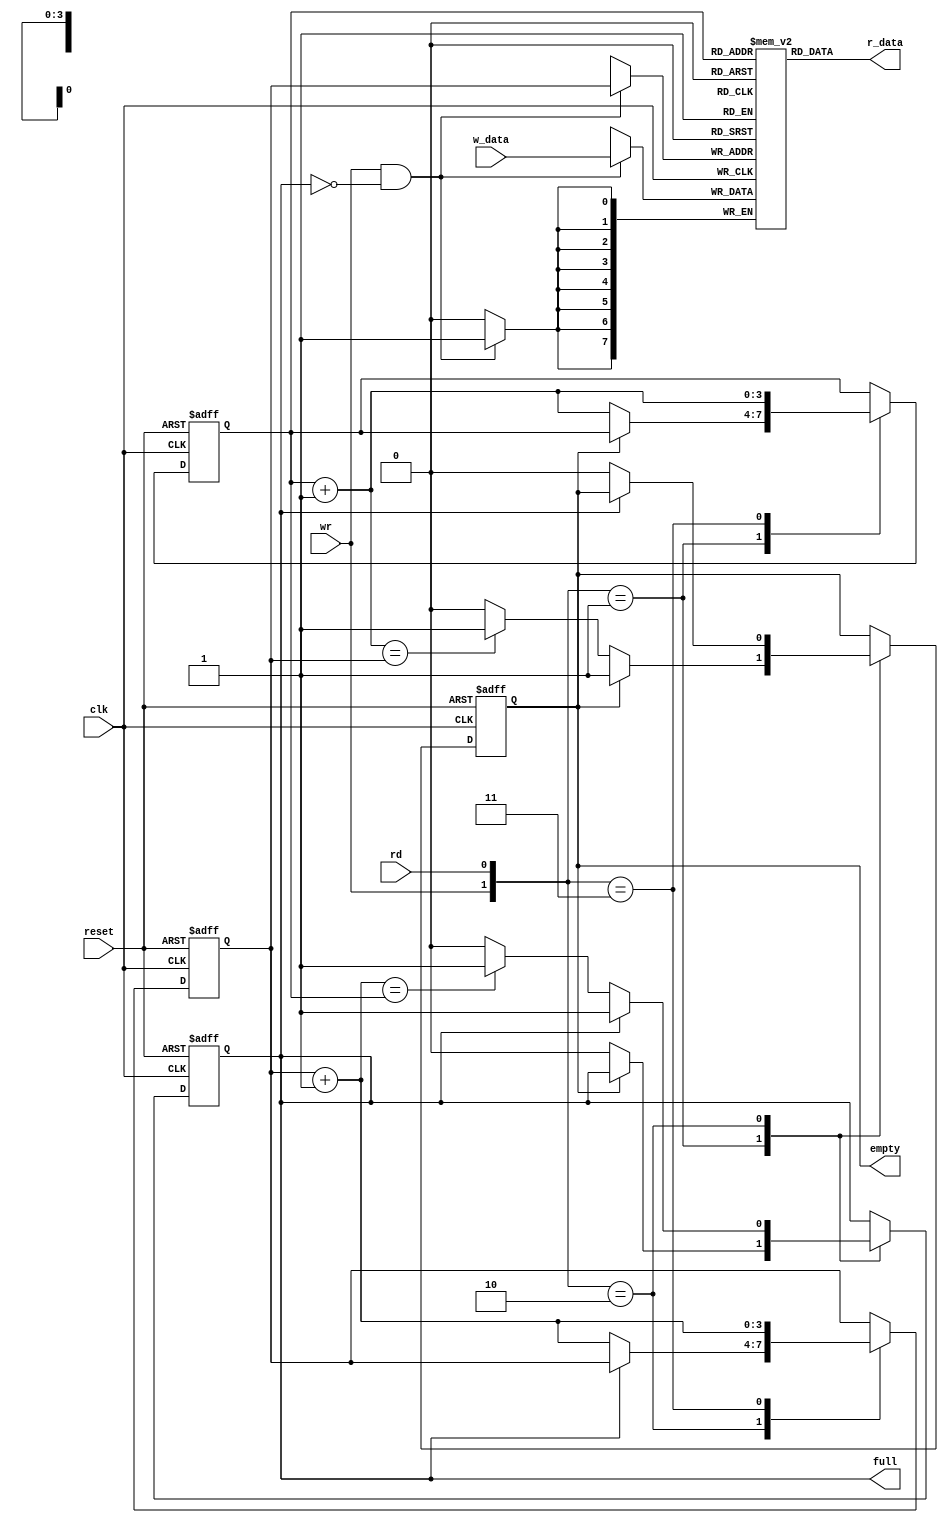
//`timescale 1ns / 1ps
//////////////////////////////////////////////////////////////////////////////////
// Company: 
// Engineer: 
// 
// Design Name: 
// Module Name:    fifo 
// Project Name: 
// Target Devices: 
// Tool versions: 
// Description: 
//
// Dependencies: 
//
// Revision: 
// Revision 0.01 - File Created
// Additional Comments: 
//
//////////////////////////////////////////////////////////////////////////////////
module fifo #(parameter B=8, W=4)(
	input wire clk, reset,
	input wire rd, wr,
	input [B-1:0] w_data,
	output wire empty, full,
	output wire[B-1:0] r_data
);
	reg [B-1:0] array_reg [2**W-1:0];
	reg [W-1:0] w_ptr_reg, w_ptr_next, w_ptr_succ;
	reg [W-1:0] r_ptr_reg , r_ptr_next, r_ptr_succ ;
	reg full_reg, empty_reg, full_next, empty_next;
		
	wire wr_en;
	
	// register file write operation
	always @(posedge clk)
		if (wr_en)
			array_reg[w_ptr_reg] <= w_data;
			
	//register file read operation
	assign r_data = array_reg[r_ptr_reg];
	
	// write enable when FIFO is not full
	assign wr_en = wr & ~full_reg;

	// fifo control logic
	//register for read and write pointers
	always @(posedge clk, posedge reset)
		if (reset) 
			begin
				w_ptr_reg <= 0;
				r_ptr_reg <= 0;
				full_reg <= 1'b0;
				empty_reg <= 1'b1;
			end
		else 
			begin
				w_ptr_reg 	<= w_ptr_next ;
				r_ptr_reg 	<= r_ptr_next;
				full_reg 	<= full_next;
				empty_reg 	<= empty_next ;
			end
	
	// next-state logic for read and write pointers
	always @(*) begin
		w_ptr_succ = w_ptr_reg + 1'b1 ;
		r_ptr_succ = r_ptr_reg + 1'b1;
		w_ptr_next = w_ptr_reg;
		r_ptr_next = r_ptr_reg;
		full_next = full_reg;
		empty_next = empty_reg;
		case({wr, rd})
			// 2'b00: no op
			2'b01:  // read
				if (~empty_reg) 
					begin
						r_ptr_next = r_ptr_succ;
						full_next = 1'b0;
						if (r_ptr_succ==w_ptr_reg)
							empty_next = 1'b1;
					end
			2'b10: //write
				if (~full_reg) 
				begin
					w_ptr_next = w_ptr_succ;
					empty_next = 1'b0;
					if (w_ptr_succ == r_ptr_reg)
						full_next = 1'b1;
				end
			2'b11: //write and read
				begin
					w_ptr_next = w_ptr_succ;
					r_ptr_next = r_ptr_succ;
				end
		endcase
	end
	
	assign full = full_reg;
	assign empty = empty_reg;

endmodule